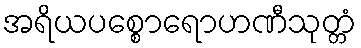
အရိယပစ္စောရောဟဏီသုတ္တံ